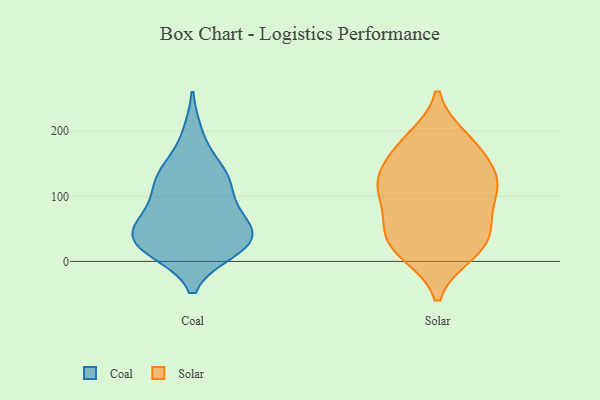
{"axis": {"x": "Churn Rate (%)", "y": "Value"}, "legend": ["Coal", "Solar"], "data": [{"x": "", "y": 32, "type": "Coal"}, {"x": "", "y": 60, "type": "Coal"}, {"x": "", "y": 76, "type": "Coal"}, {"x": "", "y": 27, "type": "Coal"}, {"x": "", "y": 26, "type": "Coal"}, {"x": "", "y": 41, "type": "Coal"}, {"x": "", "y": 18, "type": "Coal"}, {"x": "", "y": 22, "type": "Coal"}, {"x": "", "y": 194, "type": "Coal"}, {"x": "", "y": 124, "type": "Coal"}, {"x": "", "y": 135, "type": "Coal"}, {"x": "", "y": 84, "type": "Coal"}, {"x": "", "y": 127, "type": "Coal"}, {"x": "", "y": 131, "type": "Coal"}, {"x": "", "y": 51, "type": "Coal"}, {"x": "", "y": 21, "type": "Solar"}, {"x": "", "y": 49, "type": "Solar"}, {"x": "", "y": 70, "type": "Solar"}, {"x": "", "y": 107, "type": "Solar"}, {"x": "", "y": 113, "type": "Solar"}, {"x": "", "y": 38, "type": "Solar"}, {"x": "", "y": 50, "type": "Solar"}, {"x": "", "y": 189, "type": "Solar"}, {"x": "", "y": 134, "type": "Solar"}, {"x": "", "y": 182, "type": "Solar"}, {"x": "", "y": 12, "type": "Solar"}, {"x": "", "y": 150, "type": "Solar"}, {"x": "", "y": 97, "type": "Solar"}, {"x": "", "y": 125, "type": "Solar"}, {"x": "", "y": 179, "type": "Solar"}, {"x": "", "y": 13, "type": "Solar"}, {"x": "", "y": 124, "type": "Solar"}]}